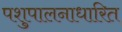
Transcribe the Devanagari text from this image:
पशुपालनाधारित